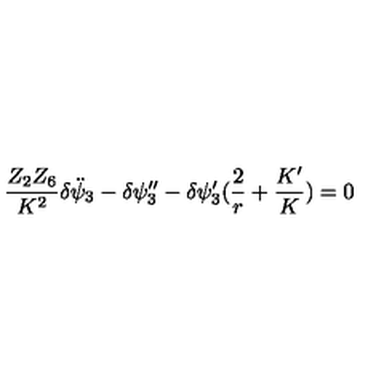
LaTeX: { \frac { Z _ { 2 } Z _ { 6 } } { K ^ { 2 } } } \delta \ddot { \psi } _ { 3 } - \delta \psi _ { 3 } ^ { \prime \prime } - \delta \psi _ { 3 } ^ { \prime } ( { \frac { 2 } { r } } + { \frac { K ^ { \prime } } { K } } ) = 0